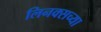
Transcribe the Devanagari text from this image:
लिनक्सच्या